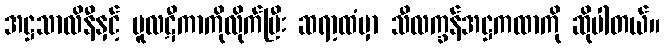
အဋ္ဌသာလိနီနှင့် မူလဋီကာကိုလိုက်ပြီး ဆရာ့ထံမှာ သီလက္ခန်အဋ္ဌကထာကို ဆိုပါတယ်။